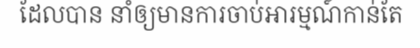
ដែលបាន នាំឲ្យមានការចាប់អារម្មណ៍កាន់តែ